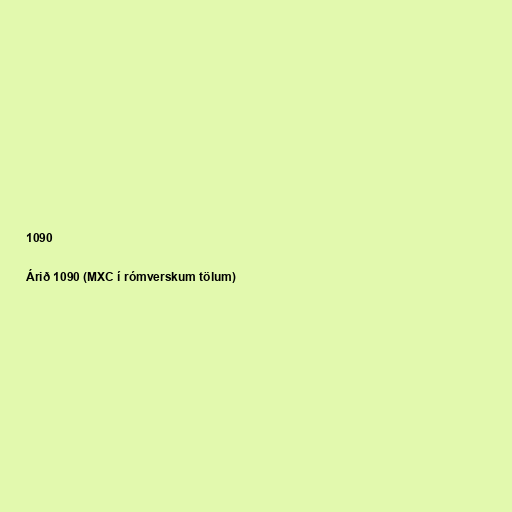
1090

Árið 1090 (MXC í rómverskum tölum)